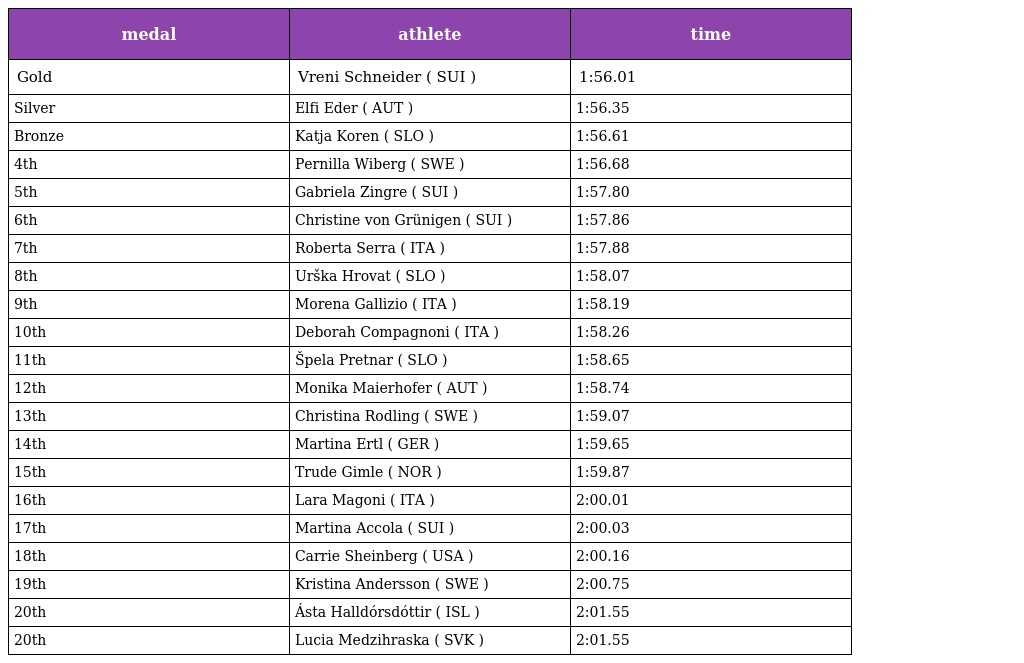
| medal | athlete | time |
 | --- | --- | --- |
 | Gold | Vreni Schneider ( SUI ) | 1:56.01 |
 | Silver | Elfi Eder ( AUT ) | 1:56.35 |
 | Bronze | Katja Koren ( SLO ) | 1:56.61 |
 | 4th | Pernilla Wiberg ( SWE ) | 1:56.68 |
 | 5th | Gabriela Zingre ( SUI ) | 1:57.80 |
 | 6th | Christine von Grünigen ( SUI ) | 1:57.86 |
 | 7th | Roberta Serra ( ITA ) | 1:57.88 |
 | 8th | Urška Hrovat ( SLO ) | 1:58.07 |
 | 9th | Morena Gallizio ( ITA ) | 1:58.19 |
 | 10th | Deborah Compagnoni ( ITA ) | 1:58.26 |
 | 11th | Špela Pretnar ( SLO ) | 1:58.65 |
 | 12th | Monika Maierhofer ( AUT ) | 1:58.74 |
 | 13th | Christina Rodling ( SWE ) | 1:59.07 |
 | 14th | Martina Ertl ( GER ) | 1:59.65 |
 | 15th | Trude Gimle ( NOR ) | 1:59.87 |
 | 16th | Lara Magoni ( ITA ) | 2:00.01 |
 | 17th | Martina Accola ( SUI ) | 2:00.03 |
 | 18th | Carrie Sheinberg ( USA ) | 2:00.16 |
 | 19th | Kristina Andersson ( SWE ) | 2:00.75 |
 | 20th | Ásta Halldórsdóttir ( ISL ) | 2:01.55 |
 | 20th | Lucia Medzihraska ( SVK ) | 2:01.55 |